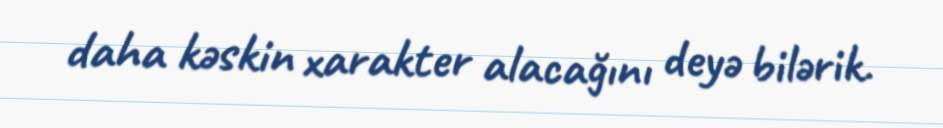
daha kəskin xarakter alacağını deyə bilərik.